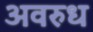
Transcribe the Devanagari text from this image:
अवरुध